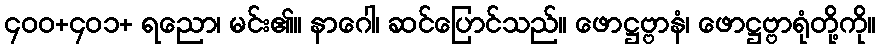
၄၀၀+၄၀၁+ ရညော၊ မင်း၏။ နာဂေါ၊ ဆင်ပြောင်သည်။ ဖောဋ္ဌဗ္ဗာနံ၊ ဖောဋ္ဌဗ္ဗာရုံတို့ကို။